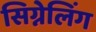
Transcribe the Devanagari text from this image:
सिग्नेलिंग